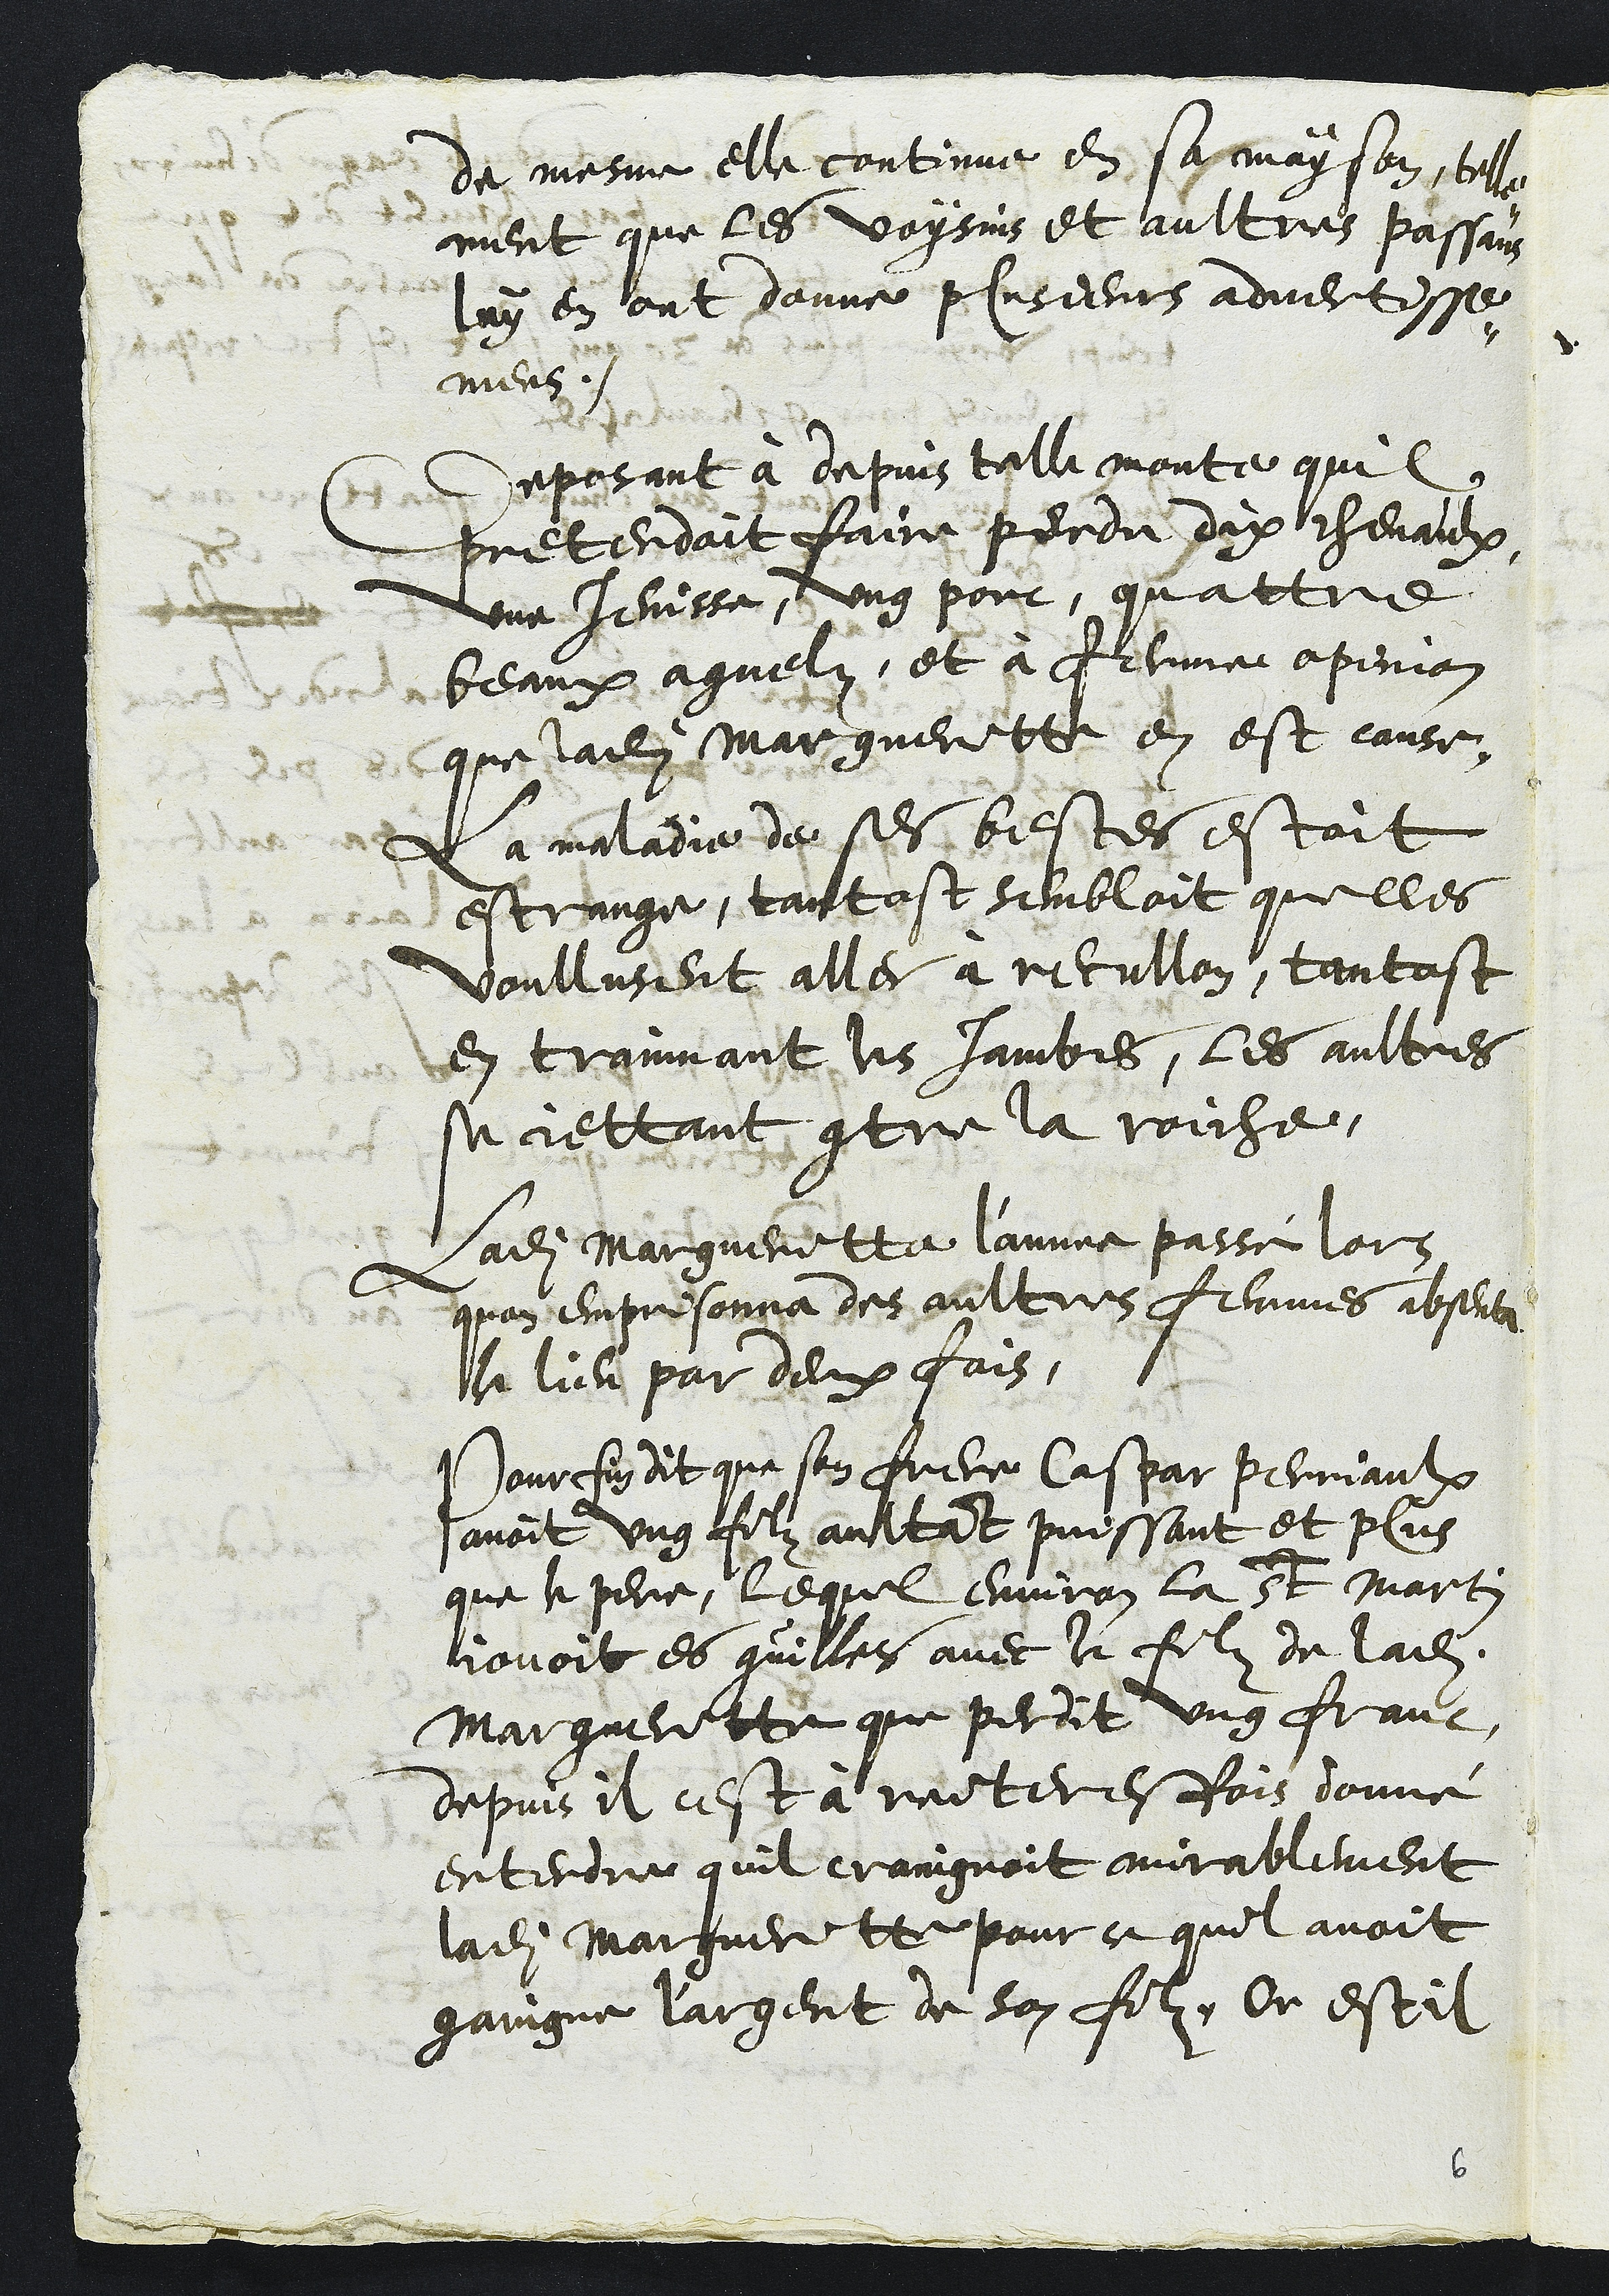
de mesme elle continue en sa mayson telle-
ment que les voysins et aultres passans
luy en ont donne plusieurs advertisse-
mens
Deposant à depuis telle monte quil
pretendoit faire perdu dix chevaulx
une Jenisse, ung porc, quattre
beaux agnelz, et à ferme opinion
que ladite Margueritte en est cause
La maladie de ses bestes estoit
estrange, tantost sembloit quelles
voullusent aller à recullon, tantost
en trainnant les jambes, les aultres
se jettant contre la roiche.
Ladite Margueritte l'anne passé lors
quon emprisonna des aultres femmes absenta
le lieu par deux fois.
Pour fin dit que son frere Caspar Perriaulx
avoit ung filz aultant puissant et plus
que le pere, lequel environ la St Martin
jouoit es quilles avec le filz de ladite
Margueritte que perdit ung franc,
depuis il cest à reiteresfois donné
entendre quil craingnoit mirablement
ladite Margueritte pour ce quil avoit
gaingne l'argent de son filz, Or est il